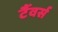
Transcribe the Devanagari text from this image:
टैंवर्स